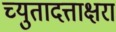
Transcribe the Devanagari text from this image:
च्युतादत्ताक्षरा